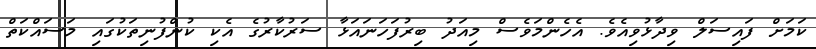
ކަމަށް ފައިސަލް ވިދާޅުވިއެވެ. އެހެންމަވެސް މިއަދު ބިރުފަހަނައަޅާ ސަރުކާރުގެ އެކި ކުންފުނިތަކުގައި މަސައްކަތް